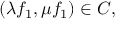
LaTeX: ( \lambda f _ { 1 } , \mu f _ { 1 } ) \in { \cal C } ,